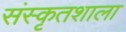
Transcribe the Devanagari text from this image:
संस्कृतशाला